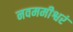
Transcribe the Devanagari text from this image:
नवममीश्वरं